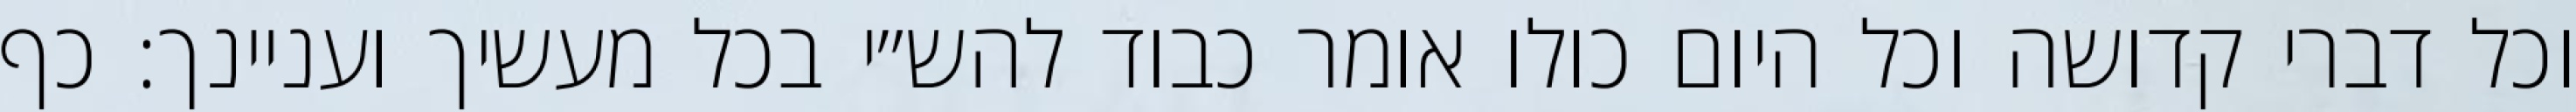
וכל דברי קדושה וכל היום כולו אומר כבוד להש״י בכל מעשיך ועניינך: כף